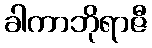
ခါကာဘိုရာဇီ